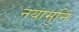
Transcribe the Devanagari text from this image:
नयामुनि